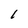
Character: 1